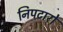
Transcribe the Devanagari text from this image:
निपटारो